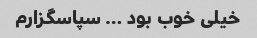
خیلی خوب بود … سپاسگزارم